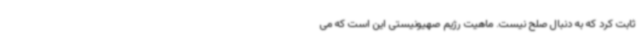
ثابت کرد که به دنبال صلح نیست. ماهیت رژیم صهیونیستی این است که می